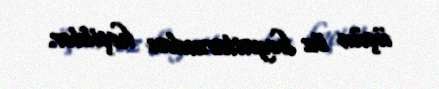
üçün öz həyatlarından keçiblər.